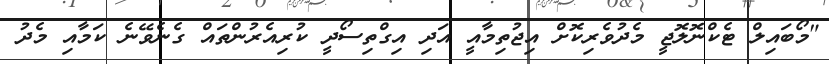
"މޯބައިލް ޓެކްނޮލޮޖީ މެދުވެރިކޮށް އިޖުތިމާއީ އަދި އިގްތިސޯދީ ކުރިއެރުންތައް ގެނެވޭނެ ކަމާއި މެދު